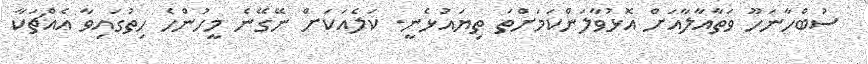
ސުބްހާނަހޫ ވަތާއާލާއަށް އޮޅުވާލަންކަމަށްތަ ތިޔައުޅެނީ. ކަލެއަކަށް ނޭގޭނެ މީހުންހެ ހިތުގައިވާ އެއްޗަކާ